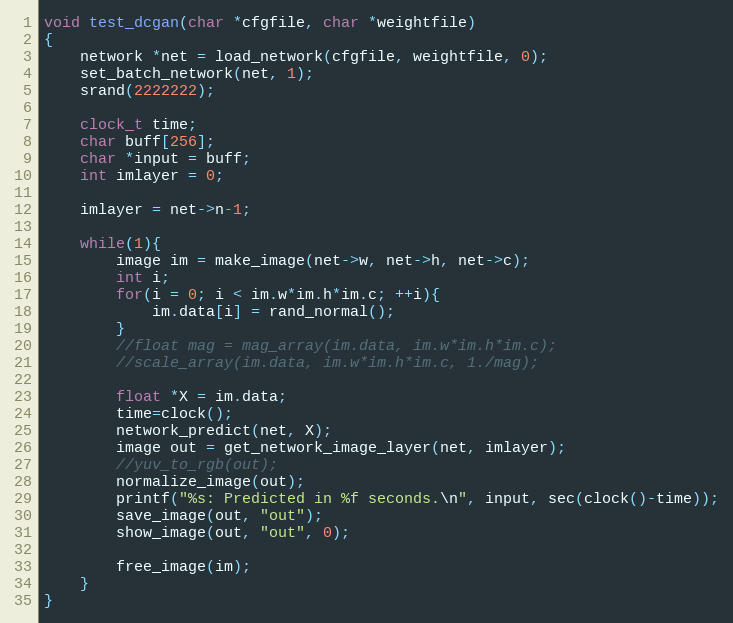
Language: C
void test_dcgan(char *cfgfile, char *weightfile)
{
    network *net = load_network(cfgfile, weightfile, 0);
    set_batch_network(net, 1);
    srand(2222222);

    clock_t time;
    char buff[256];
    char *input = buff;
    int imlayer = 0;

    imlayer = net->n-1;

    while(1){
        image im = make_image(net->w, net->h, net->c);
        int i;
        for(i = 0; i < im.w*im.h*im.c; ++i){
            im.data[i] = rand_normal();
        }
        //float mag = mag_array(im.data, im.w*im.h*im.c);
        //scale_array(im.data, im.w*im.h*im.c, 1./mag);

        float *X = im.data;
        time=clock();
        network_predict(net, X);
        image out = get_network_image_layer(net, imlayer);
        //yuv_to_rgb(out);
        normalize_image(out);
        printf("%s: Predicted in %f seconds.\n", input, sec(clock()-time));
        save_image(out, "out");
        show_image(out, "out", 0);

        free_image(im);
    }
}